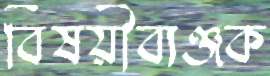
বিষয়ীব্যঞ্জক